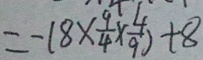
= - ( 8 \times \frac { 9 } { 4 } \times \frac { 4 } { 9 } ) + 8